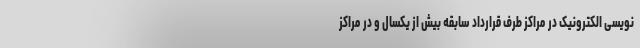
نویسی الکترونیک در مراکز طرف قرارداد سابقه بیش از یکسال و در مراکز